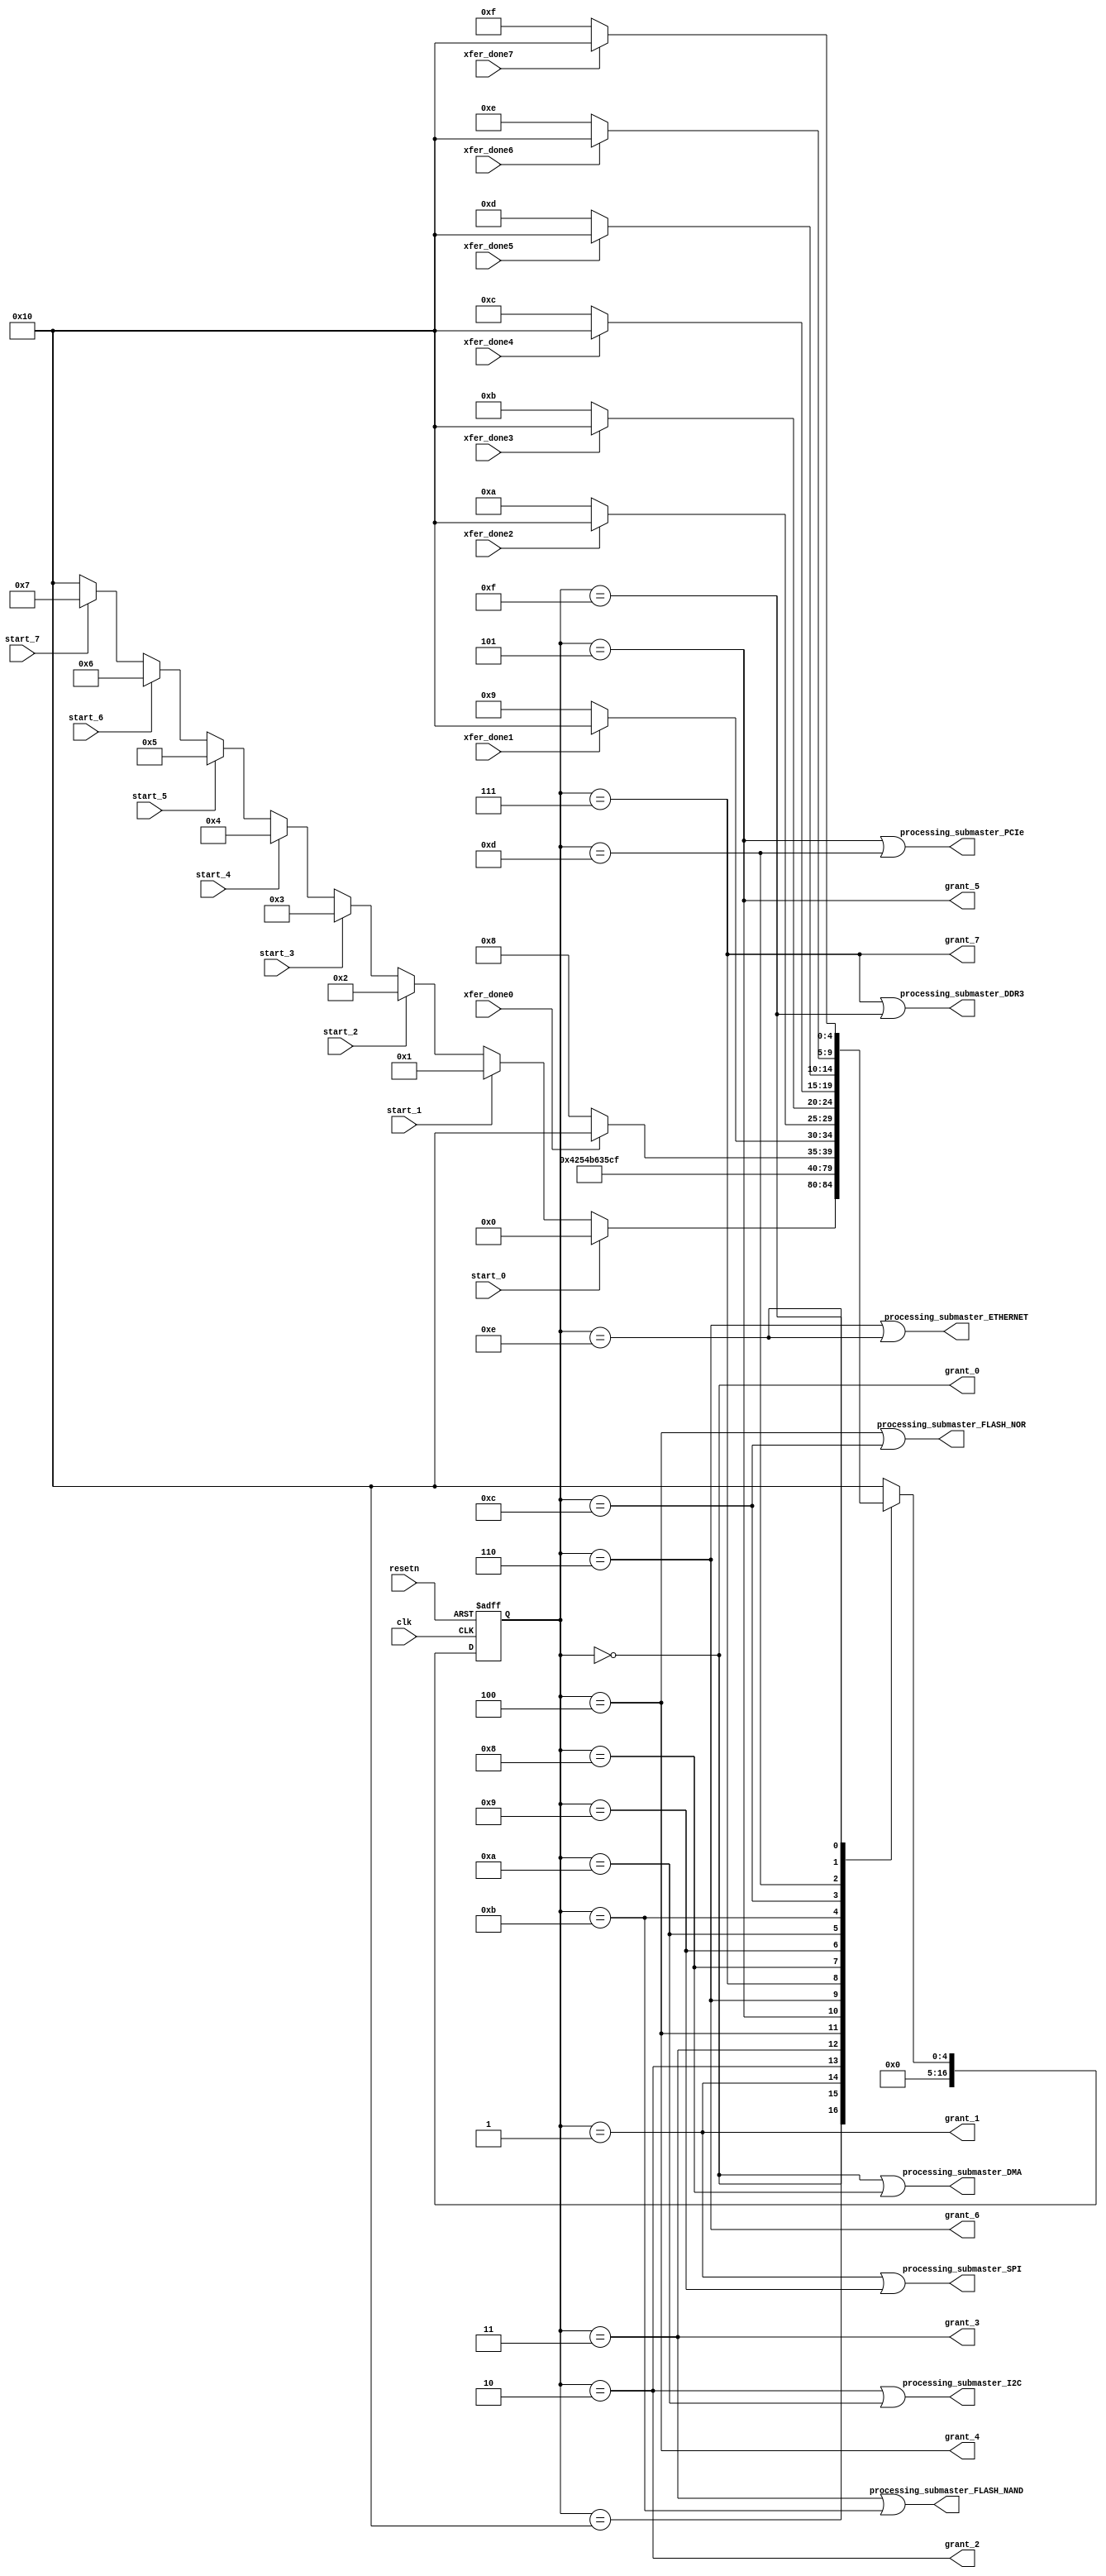
module submaster_wr_arb(
input clk,
input start_0,
output grant_0,
input xfer_done0,
output processing_submaster_DMA,
input start_1,
output grant_1,
input xfer_done1,
output processing_submaster_SPI,
input start_2,
output grant_2,
input xfer_done2,
output processing_submaster_I2C,
input start_3,
output grant_3,
input xfer_done3,
output processing_submaster_FLASH_NAND,
input start_4,
output grant_4,
input xfer_done4,
output processing_submaster_FLASH_NOR,
input start_5,
output grant_5,
input xfer_done5,
output processing_submaster_PCIe,
input start_6,
output grant_6,
input xfer_done6,
output processing_submaster_ETHERNET,
input start_7,
output grant_7,
input xfer_done7,
output processing_submaster_DDR3,

input resetn
);
reg[16:0] pstate ,nstate;
parameter[16:0] 
       PROCESS_START_DMA = 0,
       PROCESS_START_SPI = 1,
       PROCESS_START_I2C = 2,
       PROCESS_START_FLASH_NAND = 3,
       PROCESS_START_FLASH_NOR = 4,
       PROCESS_START_PCIe = 5,
       PROCESS_START_ETHERNET = 6,
       PROCESS_START_DDR3 = 7,
       WAIT_DMA_ST=8,
       WAIT_SPI_ST=9,
       WAIT_I2C_ST=10,
       WAIT_FLASH_NAND_ST=11,
       WAIT_FLASH_NOR_ST=12,
       WAIT_PCIe_ST=13,
       WAIT_ETHERNET_ST=14,
       WAIT_DDR3_ST=15,
       IDLE_ST=16;
always@(posedge clk or negedge resetn)
 if(!resetn)
  pstate <= IDLE_ST;
 else
  pstate <= nstate;
assign processing_submaster_DMA = pstate == PROCESS_START_DMA | pstate == WAIT_DMA_ST;
assign processing_submaster_SPI = pstate == PROCESS_START_SPI | pstate == WAIT_SPI_ST;
assign processing_submaster_I2C = pstate == PROCESS_START_I2C | pstate == WAIT_I2C_ST;
assign processing_submaster_FLASH_NAND = pstate == PROCESS_START_FLASH_NAND | pstate == WAIT_FLASH_NAND_ST;
assign processing_submaster_FLASH_NOR = pstate == PROCESS_START_FLASH_NOR | pstate == WAIT_FLASH_NOR_ST;
assign processing_submaster_PCIe = pstate == PROCESS_START_PCIe | pstate == WAIT_PCIe_ST;
assign processing_submaster_ETHERNET = pstate == PROCESS_START_ETHERNET | pstate == WAIT_ETHERNET_ST;
assign processing_submaster_DDR3 = pstate == PROCESS_START_DDR3 | pstate == WAIT_DDR3_ST;

always@(*)
begin
nstate = IDLE_ST;
case(pstate)
  IDLE_ST:
          if(start_0)
            nstate = PROCESS_START_DMA;
          else if(start_1)
            nstate = PROCESS_START_SPI;
          else if(start_2)
            nstate = PROCESS_START_I2C;
          else if(start_3)
            nstate = PROCESS_START_FLASH_NAND;
          else if(start_4)
            nstate = PROCESS_START_FLASH_NOR;
          else if(start_5)
            nstate = PROCESS_START_PCIe;
          else if(start_6)
            nstate = PROCESS_START_ETHERNET;
          else if(start_7)
            nstate = PROCESS_START_DDR3;
          else
            nstate = IDLE_ST;
  PROCESS_START_DMA:
          nstate = WAIT_DMA_ST;
  PROCESS_START_SPI:
          nstate = WAIT_SPI_ST;
  PROCESS_START_I2C:
          nstate = WAIT_I2C_ST;
  PROCESS_START_FLASH_NAND:
          nstate = WAIT_FLASH_NAND_ST;
  PROCESS_START_FLASH_NOR:
          nstate = WAIT_FLASH_NOR_ST;
  PROCESS_START_PCIe:
          nstate = WAIT_PCIe_ST;
  PROCESS_START_ETHERNET:
          nstate = WAIT_ETHERNET_ST;
 PROCESS_START_DDR3:
          nstate = WAIT_DDR3_ST;
 WAIT_DMA_ST:
          if(xfer_done0)
            nstate = IDLE_ST;
          else
            nstate = WAIT_DMA_ST;
WAIT_SPI_ST:
          if(xfer_done1)
            nstate = IDLE_ST;
          else
            nstate = WAIT_SPI_ST;
WAIT_I2C_ST:
          if(xfer_done2)
            nstate = IDLE_ST;
          else
            nstate = WAIT_I2C_ST;
WAIT_FLASH_NAND_ST:
          if(xfer_done3)
            nstate = IDLE_ST;
          else
            nstate = WAIT_FLASH_NAND_ST;
WAIT_FLASH_NOR_ST:
          if(xfer_done4)
            nstate = IDLE_ST;
          else
            nstate = WAIT_FLASH_NOR_ST;
WAIT_PCIe_ST:
          if(xfer_done5)
            nstate = IDLE_ST;
          else
            nstate = WAIT_PCIe_ST;
WAIT_ETHERNET_ST:
          if(xfer_done6)
            nstate = IDLE_ST;
          else
            nstate = WAIT_ETHERNET_ST;
WAIT_DDR3_ST:
          if(xfer_done7)
            nstate = IDLE_ST;
          else
            nstate = WAIT_DDR3_ST;
endcase
end
assign grant_0 = pstate == PROCESS_START_DMA;
assign grant_1 = pstate == PROCESS_START_SPI;
assign grant_2 = pstate == PROCESS_START_I2C;
assign grant_3 = pstate == PROCESS_START_FLASH_NAND;
assign grant_4 = pstate == PROCESS_START_FLASH_NOR;
assign grant_5 = pstate == PROCESS_START_PCIe;
assign grant_6 = pstate == PROCESS_START_ETHERNET;
assign grant_7 = pstate == PROCESS_START_DDR3;
endmodule